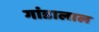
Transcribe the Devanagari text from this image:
गांडालाल